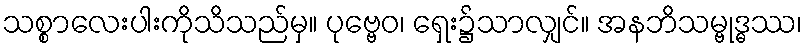
သစ္စာလေးပါးကိုသိသည်မှ။ ပုဗ္ဗေဝ၊ ရှေး၌သာလျှင်။ အနဘိသမ္ဗုဒ္ဓဿ၊